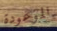
الموعودة